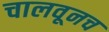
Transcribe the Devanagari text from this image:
चालवूनच